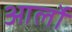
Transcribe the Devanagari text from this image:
आर्लो